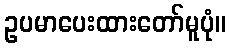
ဥပမာပေးထားတော်မူပုံ။